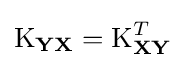
\operatorname {K} _{\mathbf {Y} \mathbf {X} }=\operatorname {K} _{\mathbf {X} \mathbf {Y} }^{T}